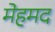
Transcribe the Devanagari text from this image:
मेहमद